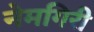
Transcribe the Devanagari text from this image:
नेमगिरी